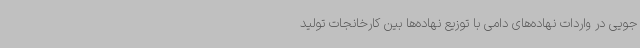
جویی در واردات نهاده‌های دامی با توزیع نهاده‌ها بین کارخانجات تولید